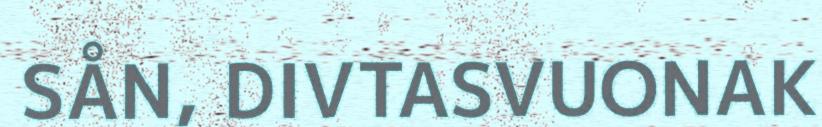
SÅN, DIVTASVUONAK